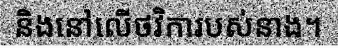
និងនៅលើថវិការបស់នាង។